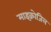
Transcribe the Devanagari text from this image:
माइक्रोजिल